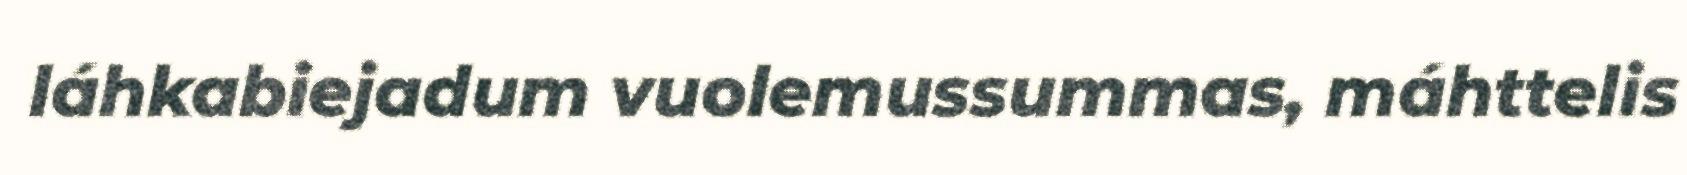
láhkabiejadum vuolemussummas, máhttelis